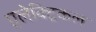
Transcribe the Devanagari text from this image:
एलेक्ट्रिकल